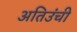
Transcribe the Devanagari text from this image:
अतिउंची